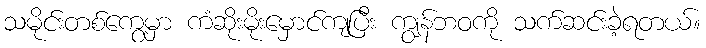
သမိုင်းတစ်ကွေ့မှာ ကံဆိုးမိုးမှောင်ကျပြီး ကျွန်ဘဝကို သက်ဆင်းခဲ့ရတယ်။